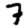
Digit: 7